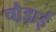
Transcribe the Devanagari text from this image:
चौ़ड़ाई